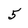
Character: 5